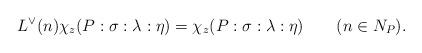
LaTeX: \begin{align*}L^{\vee}(n)\chi_{z}(P:\sigma:\lambda:\eta)=\chi_{z}(P:\sigma:\lambda:\eta)\qquad(n\in N_{P}).\end{align*}